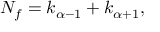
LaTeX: N _ { f } = k _ { \alpha - 1 } + k _ { \alpha + 1 } ,